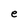
Character: e